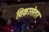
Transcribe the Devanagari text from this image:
विकासेतर